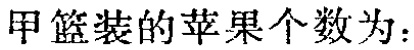
甲篮装的苹果个数为：